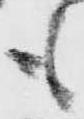
も